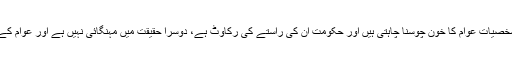
اس صورتحال کے دو پہلو ہیں کہ یا تو کاروباری شخصیات عوام کا خون چوسنا چاہتی ہیں اور حکومت ان کی راستے کی رکاوٹ ہے، دوسرا حقیقت میں مہنگائی نہیں ہے اور عوام کے شور یا احتجاج کا حقیقت سے کوئی تعلق نہیں ہے۔